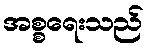
အစ္စရေးသည်